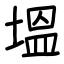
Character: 塭